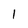
Character: 1